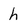
Character: h